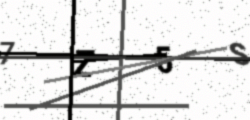
Text: 7Z5S